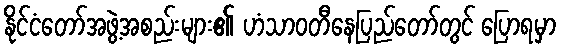
နိုင်ငံတော်အဖွဲ့အစည်းများ၏ ဟံသာဝတီနေပြည်တော်တွင် ပြောရမှာ